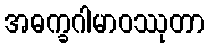
အဓက္ခဂါမာဝဿုတာ